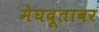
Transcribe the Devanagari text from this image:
मेघदूतावर